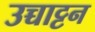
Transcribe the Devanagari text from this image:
उच्चाट्टन